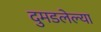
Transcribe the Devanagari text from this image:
दुमडलेल्या